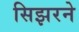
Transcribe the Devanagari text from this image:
सिझरने